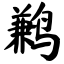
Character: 鹣